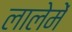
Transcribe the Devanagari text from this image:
लालेमें